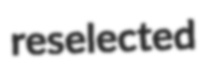
reselected